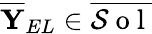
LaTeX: \overline{{\mathbf{Y}}}_{EL}\in\overline{{\mathcal{S}\mathrm{~o~l~}}}